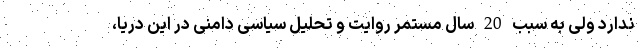
ندارد ولی به سبب 20 سال مستمر روایت و تحلیل سیاسی دامنی در این دریا،